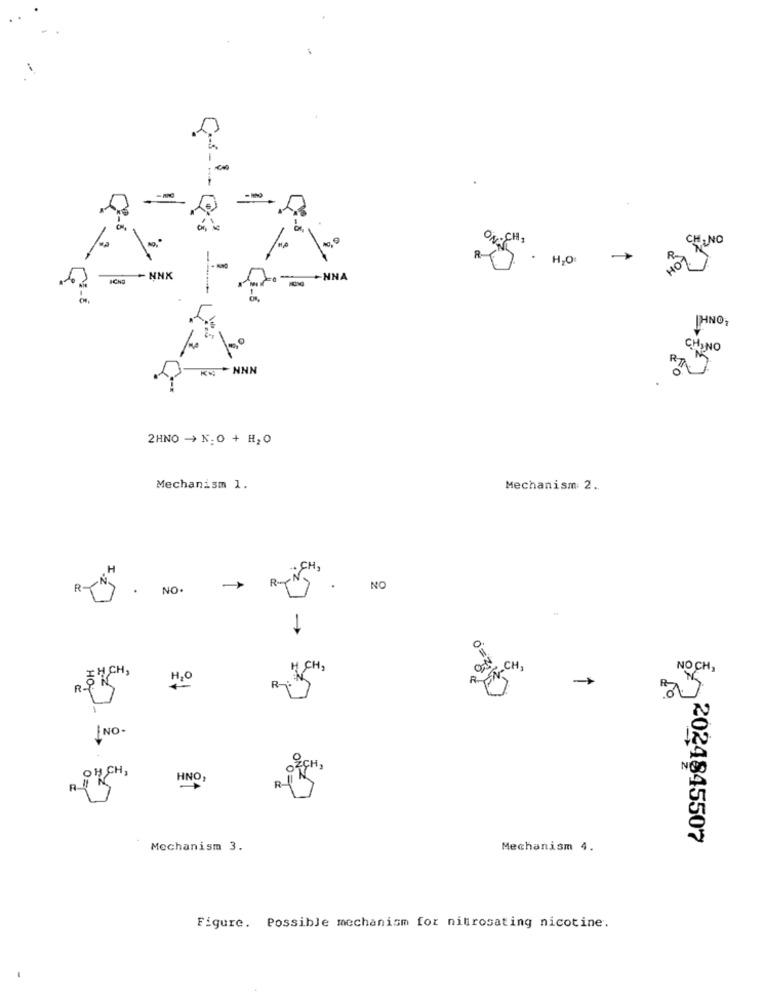
ON;CH2
-
R-E . H2O
- NNK
-NNA
THNO
CHINO
K. NNN
on
2HNO - N.O + H2O
Mechanism 1.
Mechanism 2.
.
NO.
.
NO
ICH,
CH,
NOCH,
:7CH,
R $15
H2O
R:5
NO.
OHCH,
HNO,
1
2024845507
Mechanism 3.
Mechanism 4.
Figure. Possible mechanism for nitrosating nicotine.